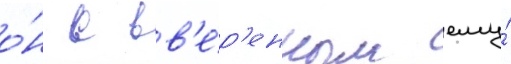
о́н с вв'е́р'енным ему́